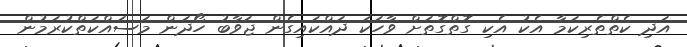
އަދި ކެތްތެރިކަމާ އެކު އެކި ގޮތްގޮތަށް ވާހަކަ ދައްކައިގެން ޖަވާބު ހޯދަން މަސައްކަތްކުރަމުން